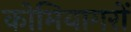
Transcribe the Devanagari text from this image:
कोमियागरों